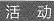
活 动